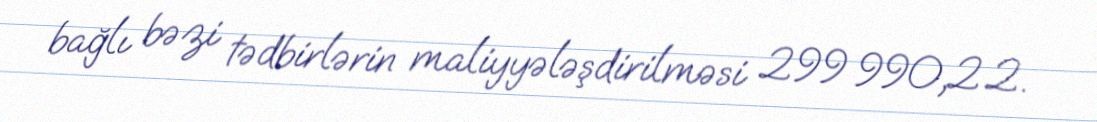
bağlı bəzi tədbirlərin maliyyələşdirilməsi 299 990,2 2.